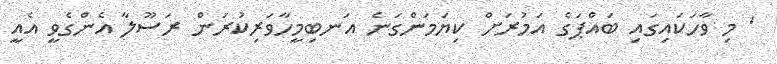
' މި ވާހަކައިގައި ބައްޕަގެ އަމުރަށް ކިޔަމަންގަނެ އަނބިމީހާވަރިކުރަން ރަސޫލާ އެންގެވީ އެއީ